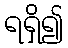
ရရှိ၍